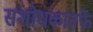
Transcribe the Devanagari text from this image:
संशोधकातर्फे